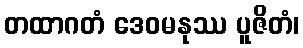
တထာဂတံ ဒေဝမနုဿ ပူဇိတံ၊